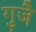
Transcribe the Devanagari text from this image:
गुजै